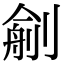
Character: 𠞼